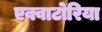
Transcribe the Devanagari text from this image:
एक्वाटोरिया